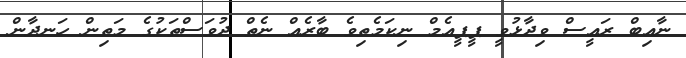
ނާއިބް ރައީސް ވިދާޅުވީ ޕީޕީއެމް ނިކަމެތިވެ ބާރެއް ނެތް ދުވަސްތަކުގެ މަތިން ހަނދާން